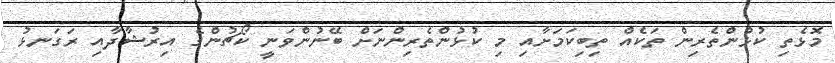
މޮޅެތި ކުޅުންތެރިން ތަކެއް ތިބިކަމަށާއި މި ކުޅުންތެރިންނަށް ބޭނުންވަނީ ކޯޗުންގެ އިރުޝާދާއި ރަގަނޅު